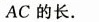
AC的长。